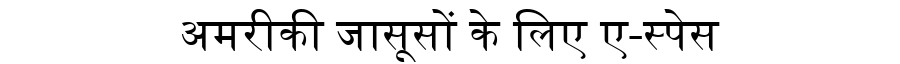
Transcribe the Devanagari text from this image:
अमरीकी जासूसों के लिए ए-स्पेस